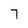
Character: 7